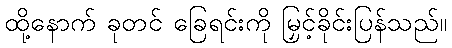
ထို့နောက် ခုတင် ခြေရင်းကို မြှင့်ခိုင်းပြန်သည်။